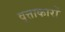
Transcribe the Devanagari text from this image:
वृत्ताकारों